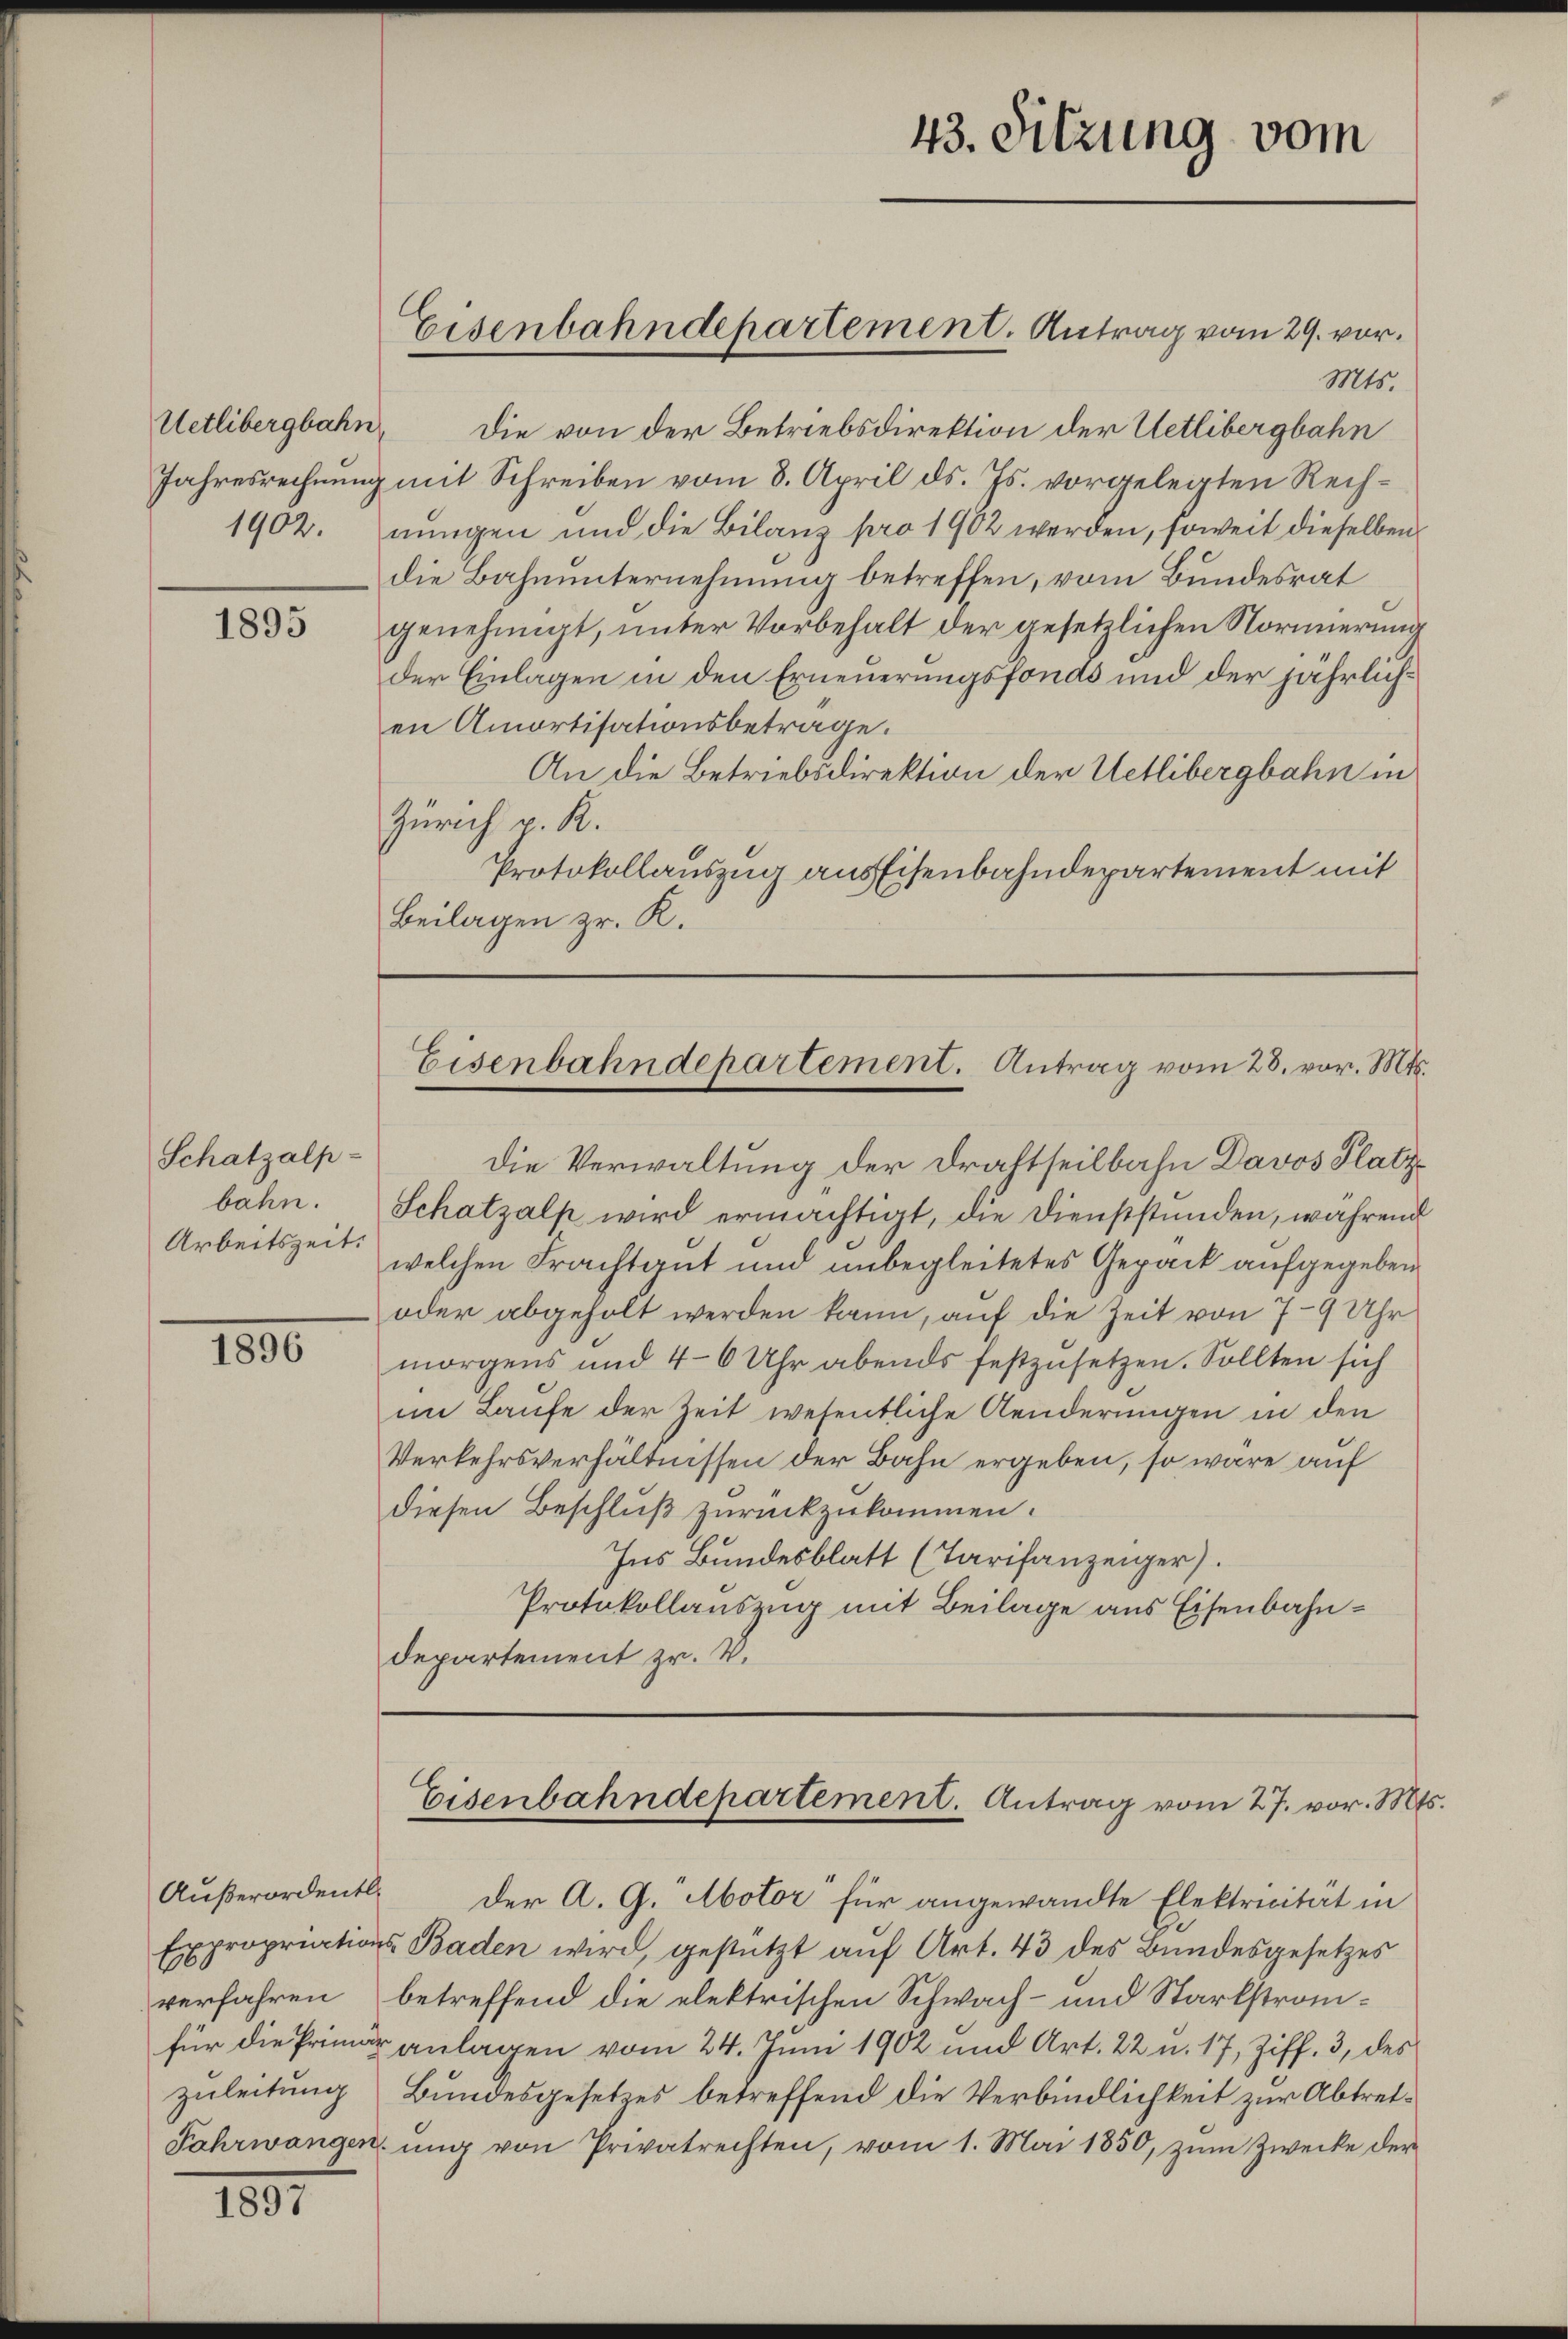
Uetlibergbahn,
1902.

1895

Schatzalp-
bahn.
Arbeitszeit.

1800

Außerordentl.
verfahren
zuleitung

1891

Mts.
Die von der Betriebsdirektion der Uetlibergbahn
Jahresrechnung mit Schreiben vom 8. April ds. Js. vorgelegten Rechnungen und die Bilanz pro 1902 werden, soweit dieselben
die Bahnunternehmung betreffen, vom Bundesrat
genehmigt, unter Vorbehalt der gesetzlichen Normierung
der Einlagen in den Erneuerungsfonds und der jährlichen Amortisationsbetrage.
An die Betriebsdirektion der Uetlibergbahn in
Zürich p. R.
Protokollauszug aus Eisenbahndepartement mit
Beilagen Hr. R.

Eisenbahndepartement. Antrag vom 29. vor.

Die Verwaltung der Drahtheilbahn Davos Platz¬
Schatzalp wird ermächtigt, die Dienststunden, während
welchen Frachtgut und unbegleitetes Gepäck aufgegeben
oder abgeholt werden kann, auf die Zeit von 7-9 Uhr
morgens und 4-6 Uhr abends festzusetzen. Sollten sich
im Laufe der Zeit wesentliche Aenderungen in den
Verkehrsverhältnissen der Bahn ergeben, so wäre auf
diesen Beschluß zurückzukommen.
Ins Bundesblatt (Tarifanzeiger).
Protokollauszug mit Beilage aus Eisenbahn¬
Departement zu. V.

43. Sitzung vom

Eisenbahndepartement. Antrag vom 28. vor. Mts.

Der A. G. Aotor für angewandte Elektricität in
Expropriations Baden wird, gestützt auf Art. 43 des Bundesgesetzes
betreffend die elektrischen Schwach- und Starkstromfür die Primar anlagen vom 24. Juni 1902 und Art. 22 u. 17, Ziff. 3, des
Bundesgesetzes betreffend die Verbindlichkeit zur Abtret¬
Fahrwangen ŭng von Privatrechten, vom 1. Mai 1850, zŭm Zwecke der

Eisenbahndepartement. Antrag vom 27. vor. Mts.